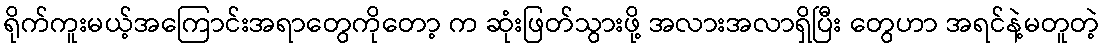
ရိုက်ကူးမယ့်အကြောင်းအရာတွေကိုတော့ က ဆုံးဖြတ်သွားဖို့ အလားအလာရှိပြီး တွေဟာ အရင်နဲ့မတူတဲ့